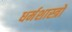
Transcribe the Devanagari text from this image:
धर्मशास्‍त्रों